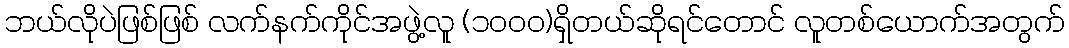
ဘယ်လိုပဲဖြစ်ဖြစ် လက်နက်ကိုင်အဖွဲ့လူ (၁၀၀၀)ရှိတယ်ဆိုရင်တောင် လူတစ်ယောက်အတွက်